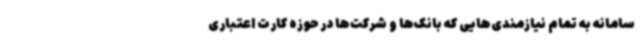
سامانه به تمام نیازمندی‌هایی که بانک‌ها و شرکت‌ها در حوزه کارت اعتباری